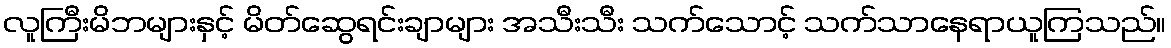
လူကြီးမိဘများနှင့် မိတ်ဆွေရင်းချာများ အသီးသီး သက်သောင့် သက်သာနေရာယူကြသည်။